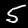
Digit: 5